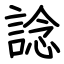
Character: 諗